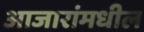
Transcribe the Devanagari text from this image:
आजारांमधील